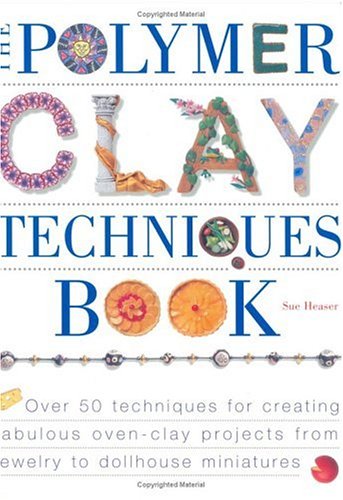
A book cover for The Polymer Clay Techniques Book; Sue Heaser; Crafts, Hobbies & Home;